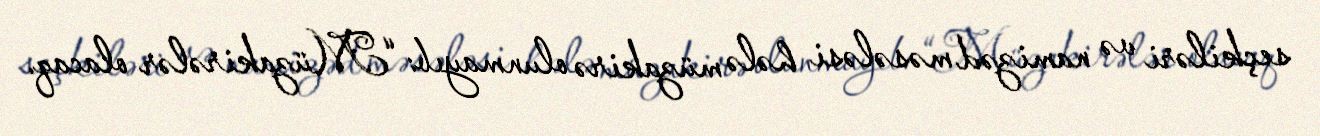
seçkiləri və namizəd məsələsi hələ müzakirə olunmayıb: “Müzakirələr olacaq.